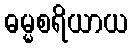
ဓမ္မစရိယာယ